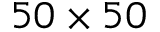
5 0 \times 5 0